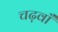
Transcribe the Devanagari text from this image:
चढ़वाँ